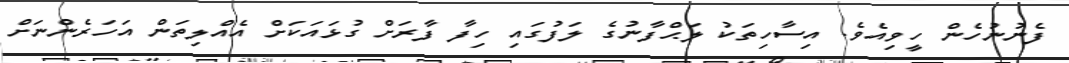
ފެނުނުހެން ހީވިއެވެ. އިސާހިތަކު ލަޙްފާނުގެ ލަފުގައި ހިފާ ފާރަށް ގުޅައަކަށް އެއްލިތަން އަހަރެންނަށް